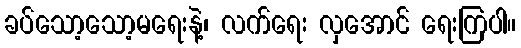
ခပ်သော့သော့မရေးနဲ့၊ လက်ရေး လှအောင် ရေးကြပါ။